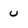
Character: u